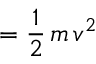
= \frac { 1 } { 2 } \, m \, v ^ { 2 }